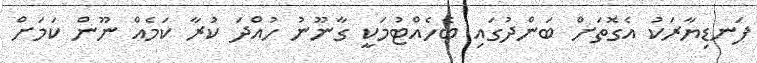
ފަނޑިޔާރަކު އެގޮތަށް ބަންދުގައި ބެހެއްޓުމަކީ ގާނޫނު ހުއްދަ ކުރާ ކަމެއް ނޫން ކަމަށް